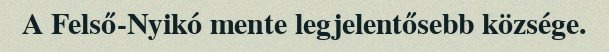
A Felső-Nyikó mente legjelentősebb községe.